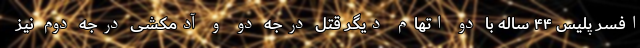
افسر پلیس ۴۴ ساله با دو اتهام دیگر قتل درجه دو و آدمکشی درجه دوم نیز